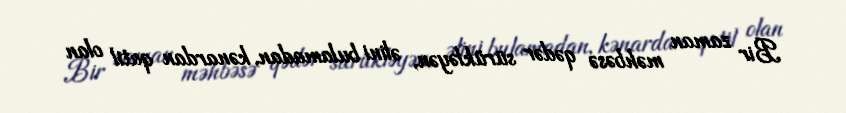
Bir zaman məhbəsə qədər sürükləyən, əlini bulamadan, kənardan qatil olan